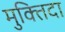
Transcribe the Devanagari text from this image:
मुक्‍तिदा